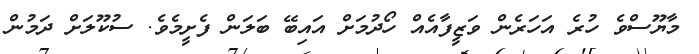
މާޔޫސްވެ ހުރެ އަހަރެން ވަޒީފާއެއް ހޯދުމަށް އައިބޭ ބަލަން ފެށީމެވެ. ސުކޫލަށް ދަމުން